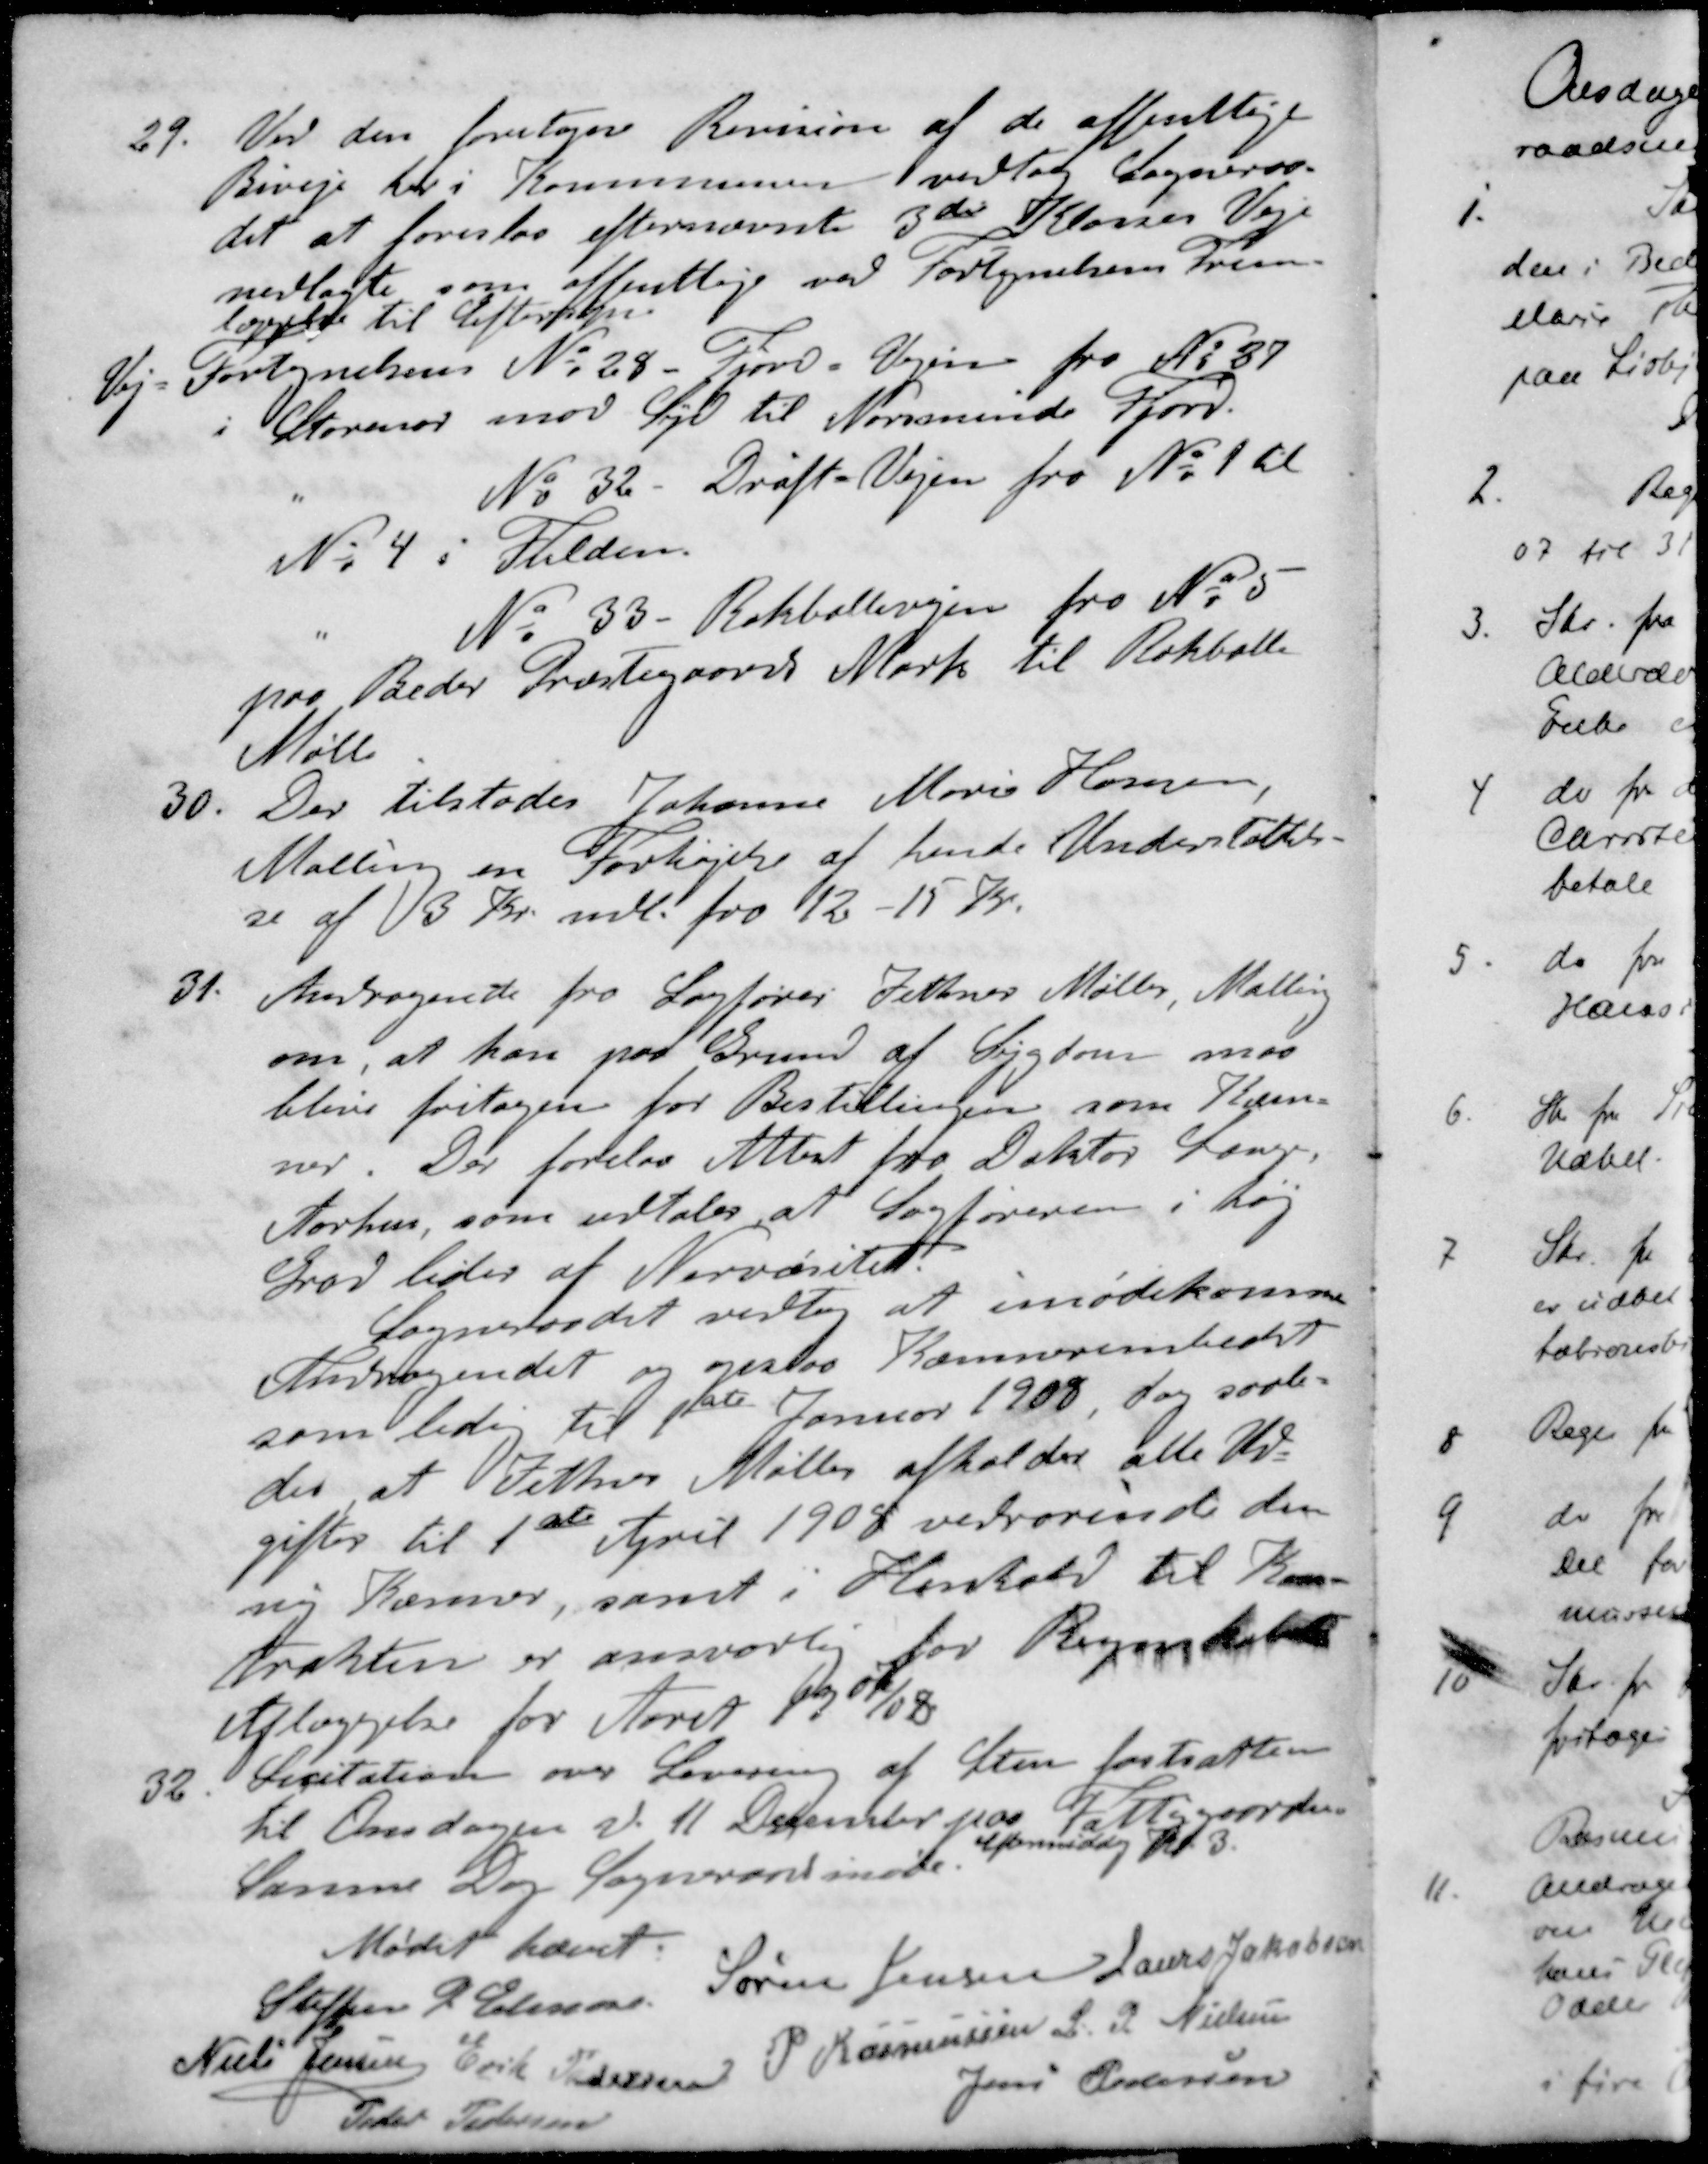
Transskription:
29. Ved den foretagne Revision af de offentlige
Biveje her i Kommunen vedtog Sogneraa-
det at foreslaa efternævnte 3de Klasses Veje
nedlagte som offentlige ved Fortegnelsens frem-
læggelse til Eftersyn
Vej- Fortegnelsen No 28 - Fjord Vejen fra No 37
i Storenor mod Syd til Norsminde Fjord.
" No 32. Drøft Vejen fra No 1 til
No 4 i Fulden.
" No 33 - Rokballevejen fra No 5
paa Beder Præstegaards Mark til Rokballe
Mølle
30. Der tilstodes Johanne Marie Hansen,
Malling en Forhøjelse af hende Understøttel-
se af 3 Kr. mdl. fra 12 - 15 Kr.
31. Andragende fra Sagfører Zeutner Møller, Malling
om, at han paa Grund af Sygdom maa
blive fritagen for Bestillingen som Kæm-
ner. Der forelaa Attest fra Doktor Lange,
Aarhus, som udtaler, at Sagføreren i høj
Grad lides af Nervøsitet.
Sogneraadet vedtog at imødekomme
Andragendet og opslaa Kæmnerembedet
som ledig til 1ste Januar 1908, dog saale-
des at Zeutner Møller afholder alle Ud-
gifter til 1ste April 1908 vedrørende den
ny Kæmner samt i Henhold til Kon-
trakten er ansvarlig for Regnskabets
Aflæggelse for Aaret 1907/08
32. Licitation over Levering af Sten fastsattes
til Onsdagen d. 11 December paa Fattiggaarden
Eftermiddag Kl. 3.
Samme Dag Sogneraadsmøde.
Mødet hævet.
Steffen P. Petersen
Søren Jensen
Laurs Jakobsen
Niels Jensen
Erik Pedersen
P Rasmussen
L P. Nielsen
Peder Pedersen
Jens Pedersen